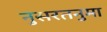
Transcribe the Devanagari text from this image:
नुसरतनुमा